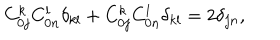
LaTeX: C _ { 0 j } ^ { k } C _ { 0 n } ^ { l } \delta _ { k l } + C _ { 0 j } ^ { k } C _ { 0 n } ^ { l } \delta _ { k l } = 2 \delta _ { j n } ,